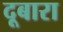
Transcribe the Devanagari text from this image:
दूबारा